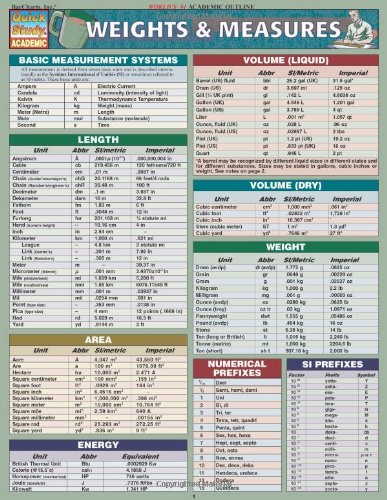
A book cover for Weights & Measures (Quickstudy: Academic); Inc. BarCharts; Science & Math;